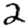
Digit: 2